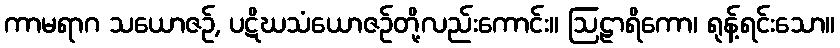
ကာမရာဂ သယောဇဉ်, ပဋိဃသံယောဇဉ်တို့လည်းကောင်း။ ဩဠာရိကော၊ ရုန့်ရင်းသော။